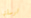
ارسلتها